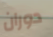
دوران